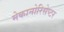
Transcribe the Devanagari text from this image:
मेकानोरिसेप्टर